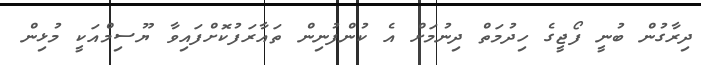
ދިރާގުން ބުނީ ފޯޖީގެ ހިދުމަތް ދިނުމަށް އެ ކުންފުނިން ތައާރަފުކޮށްފައިވާ ޔޫސިމްއަކީ މުޅިން